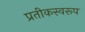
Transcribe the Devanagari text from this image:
प्रतीकस्वरूप